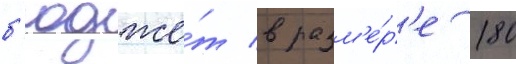
б'юдже́т в разм'е́р'е 180